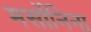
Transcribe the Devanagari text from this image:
मर्सोनिना